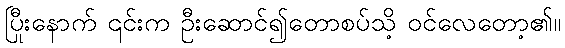
ပြီးနောက် ၎င်းက ဦးဆောင်၍တောစပ်သို့ ဝင်လေတော့၏။